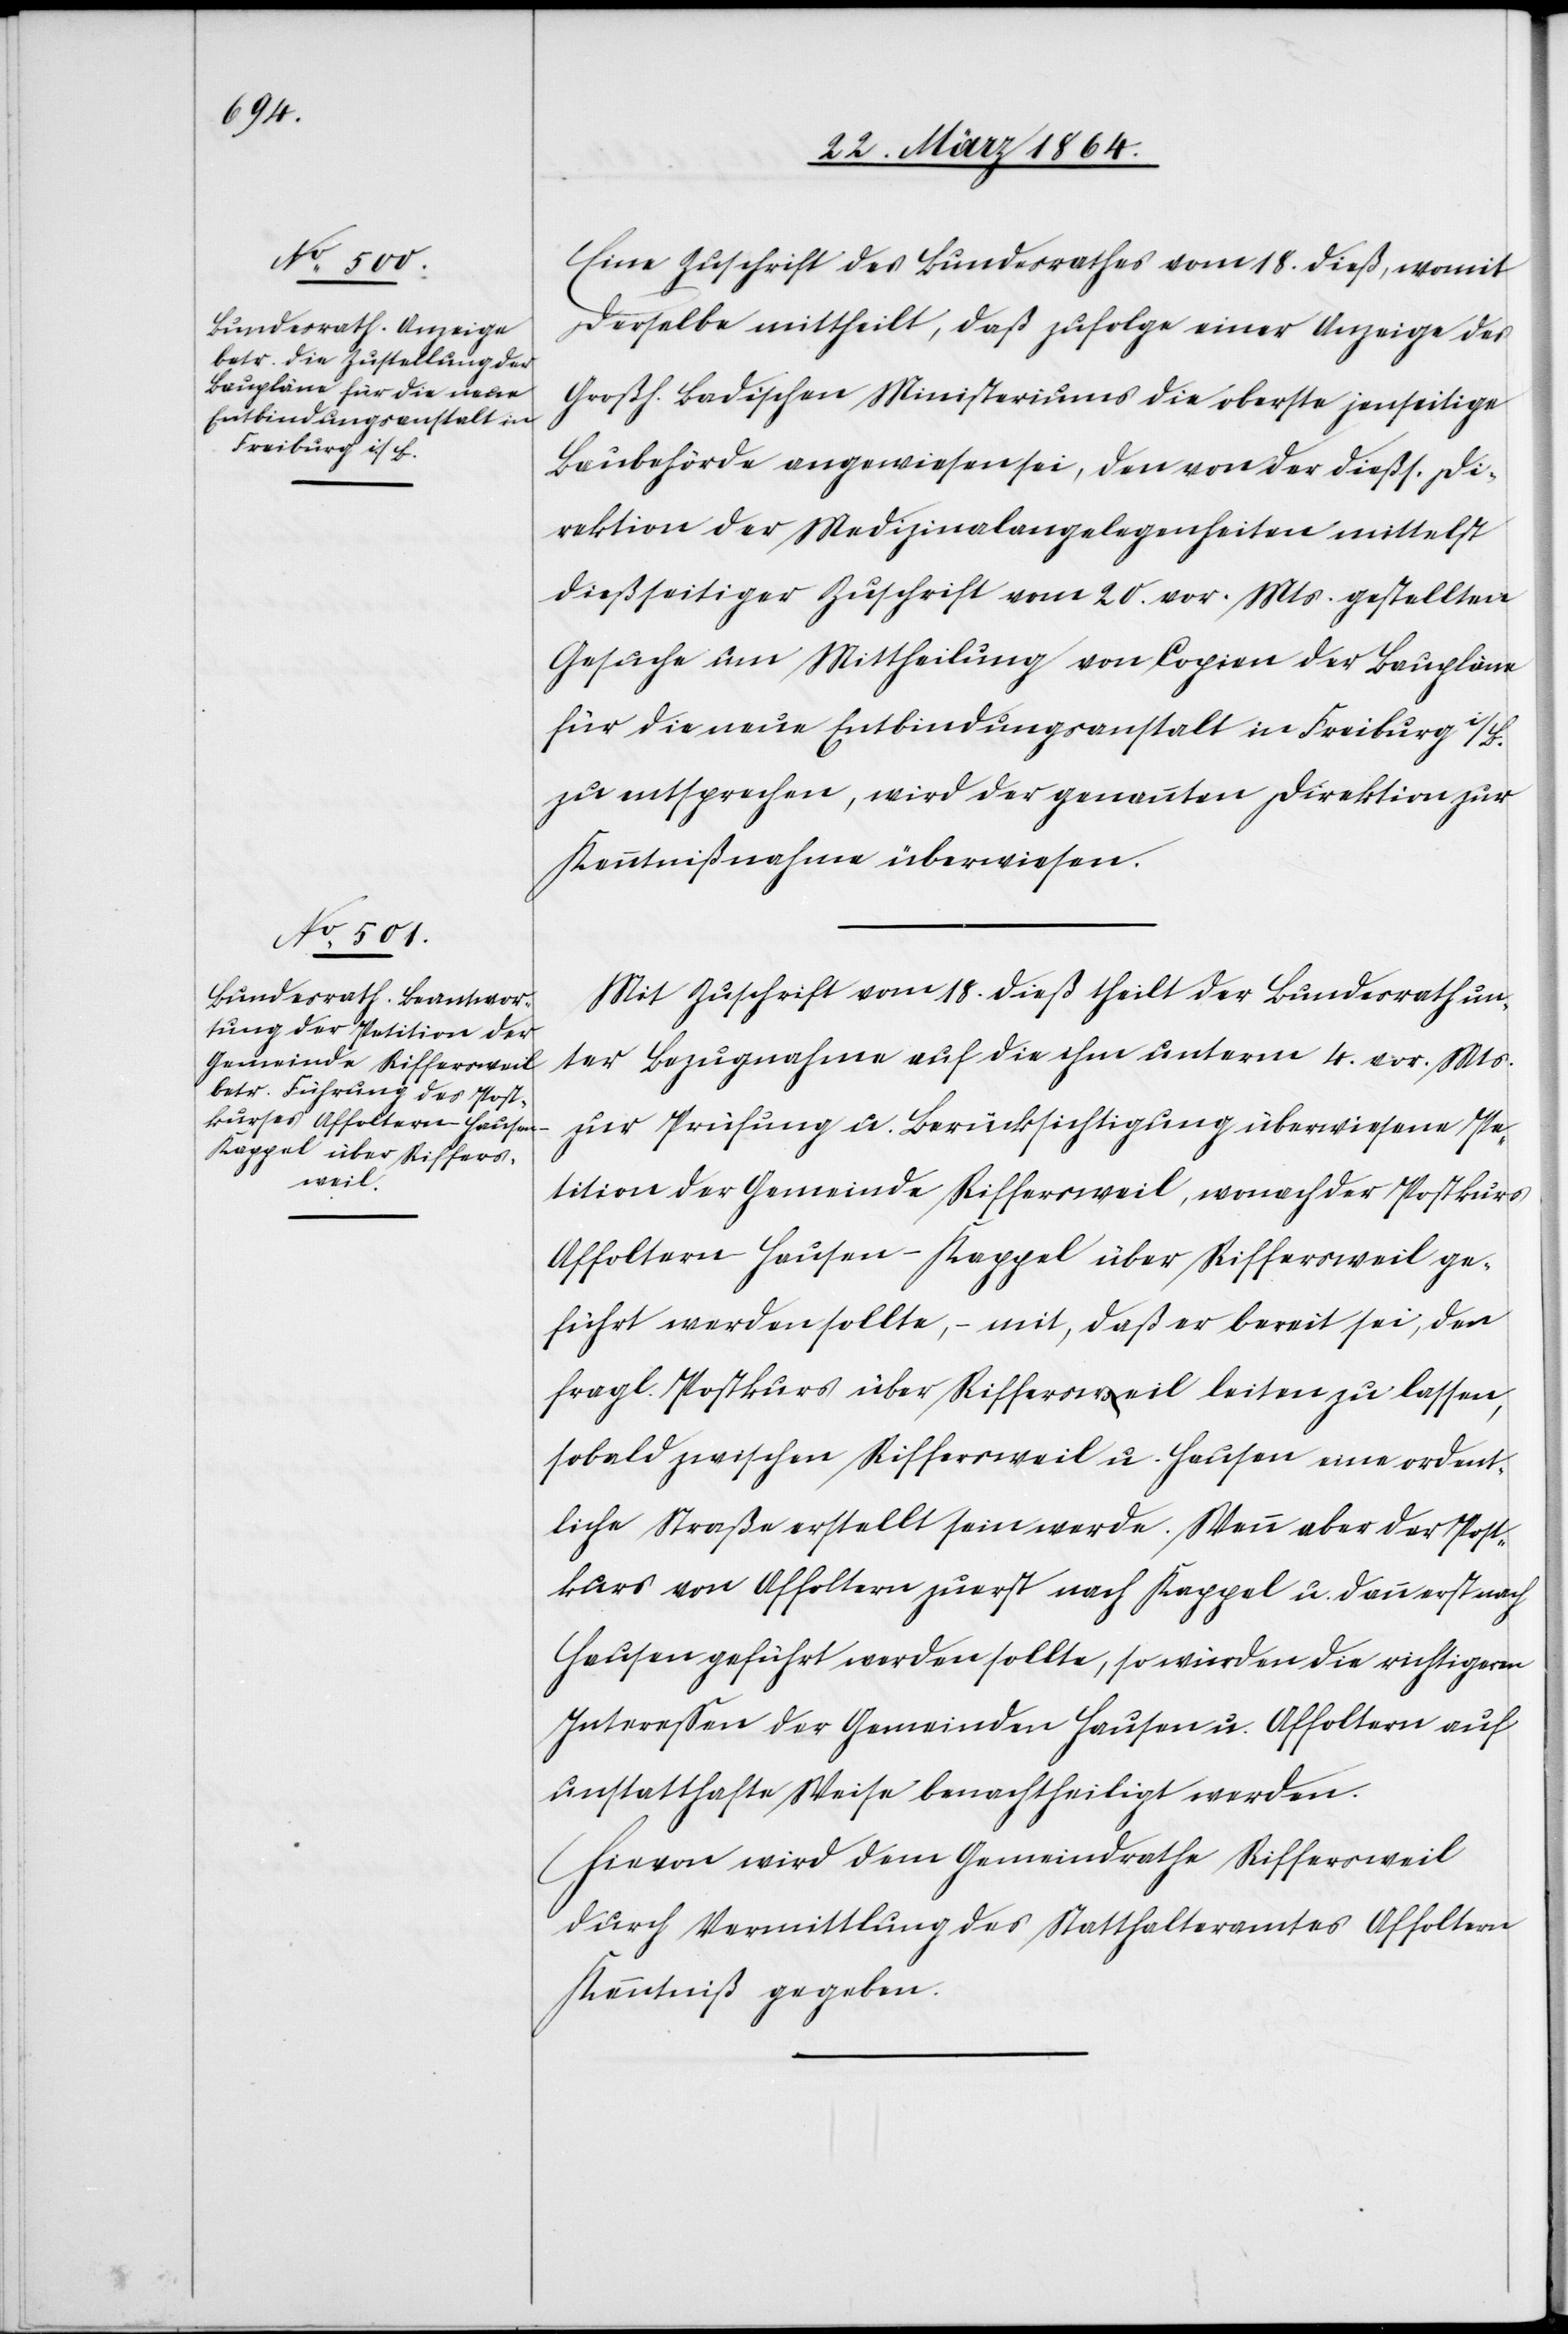
Eine Zuschrift des Bundesrathes vom 18. dieß, womit
derselbe mittheilt, daß zufolge einer Anzeige des
Großh. Badischen Ministeriums die oberste jenseitige
Baubehörde angewiesen sei, den von der dießs. Di¬
rektion der Medizinalangelegenheiten mittelst
dießseitiger Zuschrift vom 20. vor. Mts. gestellten
Gesuche um Mittheilung von Copien der Baupläne
für die neue Entbindungsanstalt in Freiburg i/B.
zu entsprechen, wird der genannten Direktion zur
Kenntnißnahme überwiesen.
Mit Zuschrift vom 18. dieß theilt der Bundesrath un¬
ter Bezugnahme auf die ihm unterm 4. vor. Mts.
zur Prüfung u. Berücksichtigung überwiesene Pe¬
tition der Gemeinde Riffersweil, wonach der Postkurs
Affoltern–Hausen–Kappel über Riffersweil ge¬
führt werden sollte, – mit, daß er bereit sei, den
fragl. Postkurse über Riffersweil leiten zu lassen,
sobald zwischen Riffersweil u. Hausen eine ordent¬
liche Straße erstellt sein werde. Wenn aber der Post¬
kurs von Affoltern zuerst nach Kappel u. dann erst nach
Hausen geführt werden sollte, so würden die richtigen
Interessen der Gemeinden Hausen u. Affoltern auf
unstatthafte Weise benachtheiligt werden.
Hievon wird dem Gemeindrathe Riffersweil
durch Vermittlung des Statthalteramtes Affoltern
Kenntniß gegeben.